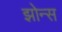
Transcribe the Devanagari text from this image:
झोन्स